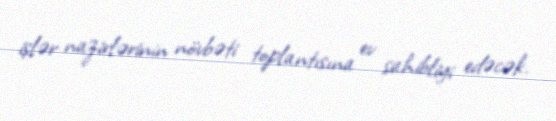
işlər nazirlərinin növbəti toplantısına ev sahibliyi edəcək.